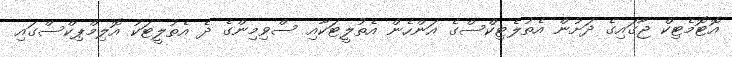
އޮޓޮމެޓިކް ޖާގައިގެ ދަށުން އެތުލެޓިކްސްގެ އަންހެން އެތުލީޓަކާއި ސްވިމިންގެ ދެ އެތުލީޓަކު އޮލިމްޕިކްސްގައި